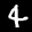
Label: 4